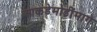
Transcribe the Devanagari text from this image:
आकडेमोडींमागे